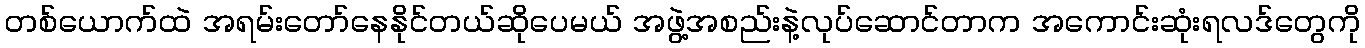
တစ်ယောက်ထဲ အရမ်းတော်နေနိုင်တယ်ဆိုပေမယ် အဖွဲ့အစည်းနဲ့လုပ်ဆောင်တာက အကောင်းဆုံးရလဒ်တွေကို